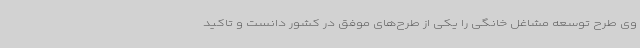
وی طرح توسعه مشاغل خانگی را یکی از طرح‌های موفق در کشور دانست و تاکید